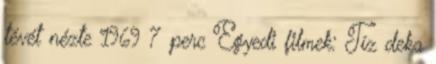
tévét nézte 1969 7 perc Egyedi filmek: Tíz deka